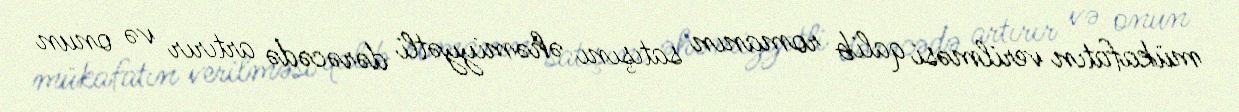
mükafatın verilməsi qalib romanın satışını əhəmiyyətli dərəcədə artırır və onun